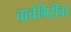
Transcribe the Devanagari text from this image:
चाचेगिरीचा